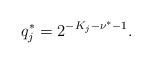
LaTeX: \begin{align*}q_j^* = 2^{{-K}_j-\nu^* - 1}.\end{align*}